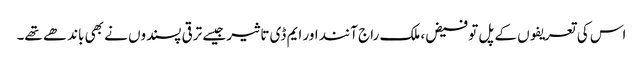
اس کی تعریفوں کے پل تو فیض، ملک راج آنند اور ایم ڈی تاثیر جیسے ترقی پسندوں نے بھی باندھے تھے۔